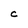
Character: C